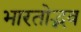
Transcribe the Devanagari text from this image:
भारतोद्भव